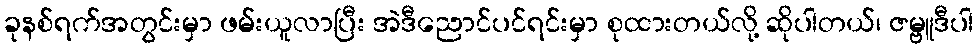
ခုနစ်ရက်အတွင်းမှာ ဖမ်းယူလာပြီး အဲဒီညောင်ပင်ရင်းမှာ စုထားတယ်လို့ ဆိုပါတယ်၊ ဇမ္ဗူဒီပါ